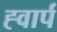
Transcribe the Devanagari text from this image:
ह्वार्प